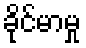
ခိုင်မာမှု